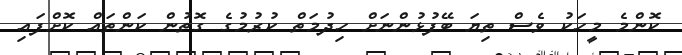
ކޮންމެ މީހަކު ވެސް ތިޔަ ބޭފުޅުންނަށް ހިދުމަތް ކުރުމުގެ ގޮތުން ކަންތައް ކޮށްފައި